Annual returns of the Patna Lunatic Asylum at Bankipore in Bihar and Orissa - 1912-1924
Year: 1912
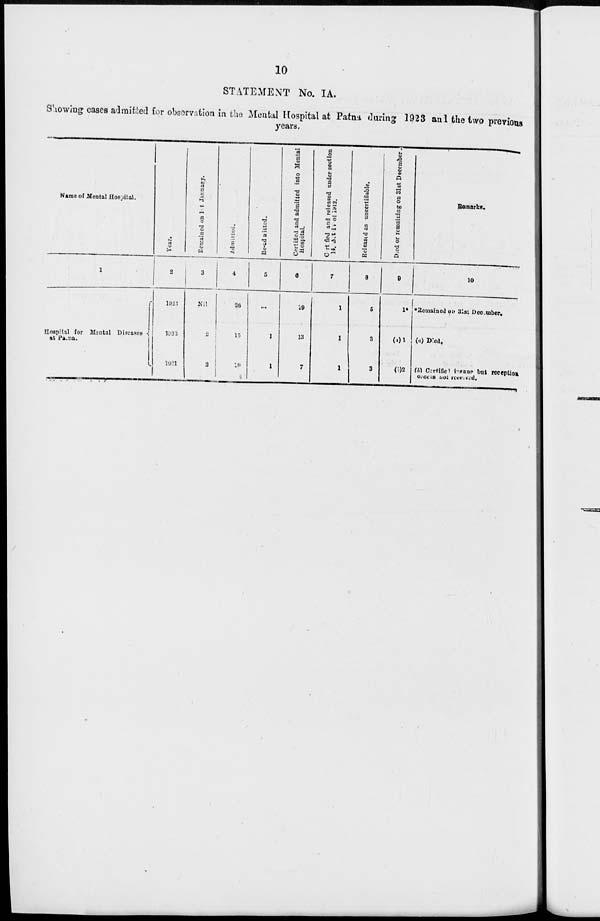
10
STATEMENT No. IA.
Showing cases admitted for observation in the Mental Hospital at Patna during 1923 and the two previous
years.
Name of Mental Hospital.
1
Hospital for Mental Diseases
at Patna.
Year.
2
1923
1922
1921
Remained on 1st January.
3
Nil
2
2
Admitted.
4
26
15
10
Re-admitted.
5
...
1
1
Certified and admitted into Mental
Hospital.
6
19
13
7
Certified
and released under section
14, Act IV 1912.
7
1
1
1
Released as uncertifiable.
8
5
3
3
Died or remaining on 31st December.
9
1*
(a)1
(b)2
Remarks.
10
* Remained on 31st December.
(a) Died.
(b) Certified insane but reception
orders not received.